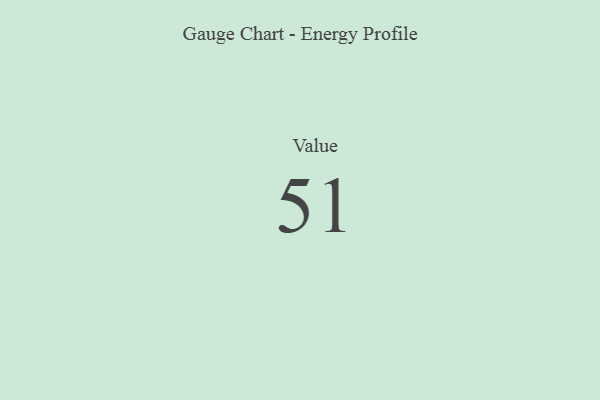
{"axis": {"x": "Metric", "y": "Value"}, "legend": [""], "data": [{"x": "Value", "y": 51, "type": ""}]}